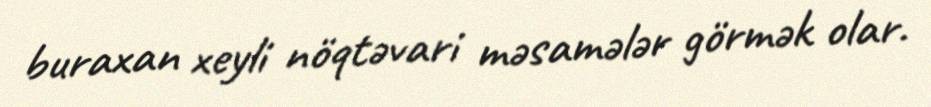
buraxan xeyli nöqtəvari məsamələr görmək olar.